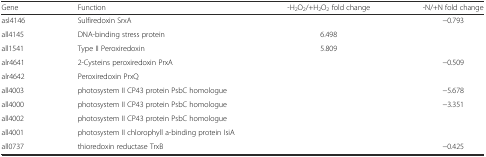
<table><thead><tr><td><b>Gene</b></td><td><b>Function</b></td><td><b>-H<sub>2</sub>O<sub>2</sub>/+H<sub>2</sub>O<sub>2</sub> fold change</b></td><td><b>-N/+N fold change</b></td></tr></thead><tbody><tr><td>asl4146</td><td>Sulfiredoxin SrxA</td><td>[EMPTY_CELL]</td><td>−0.793</td></tr><tr><td>all4145</td><td>DNA-binding stress protein</td><td>6.498</td><td>[EMPTY_CELL]</td></tr><tr><td>all1541</td><td>Type II Peroxiredoxin</td><td>5.809</td><td>[EMPTY_CELL]</td></tr><tr><td>alr4641</td><td>2-Cysteins peroxiredoxin PrxA</td><td>[EMPTY_CELL]</td><td>−0.509</td></tr><tr><td>alr4642</td><td>Peroxiredoxin PrxQ</td><td>[EMPTY_CELL]</td><td>[EMPTY_CELL]</td></tr><tr><td>all4003</td><td>photosystem II CP43 protein PsbC homologue</td><td>[EMPTY_CELL]</td><td>−5.678</td></tr><tr><td>all4000</td><td>photosystem II CP43 protein PsbC homologue</td><td>[EMPTY_CELL]</td><td>−3.351</td></tr><tr><td>all4002</td><td>photosystem II CP43 protein PsbC homologue</td><td>[EMPTY_CELL]</td><td>[EMPTY_CELL]</td></tr><tr><td>all4001</td><td>photosystem II chlorophyll a-binding protein IsiA</td><td>[EMPTY_CELL]</td><td>[EMPTY_CELL]</td></tr><tr><td>all0737</td><td>thioredoxin reductase TrxB</td><td>[EMPTY_CELL]</td><td>−0.425</td></tr></tbody></table>